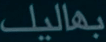
بِهَالِيل